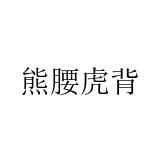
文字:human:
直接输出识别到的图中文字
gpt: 熊腰虎背